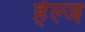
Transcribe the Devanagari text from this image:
हेल्ज